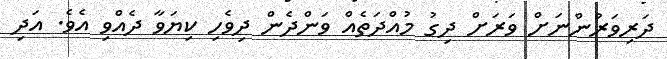
ދަރިވަރުންނަށް ވަރަށް ދިގު މުއްދަތެއް ވަންދެން ދިވެހި ކިޔަވާ ދެއްވި އެވެ. އަދި